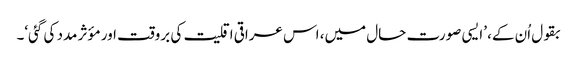
بقول اُن کے، ’ایسی صورت حال میں، اس عراقی اقلیت کی بروقت اور مؤثر مدد کی گئی‘۔